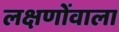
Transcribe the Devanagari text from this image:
लक्षणोंवाला